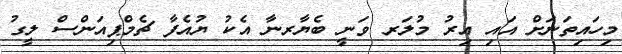
މިހައިތަނަށް އައި އިރު މުލަރ ވަނީ ބެޔާރނާ އެކު ޔުއެފާ ޗެމްޕިއަންސް ލީގު